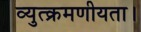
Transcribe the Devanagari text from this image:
व्युत्क्रमणीयता।